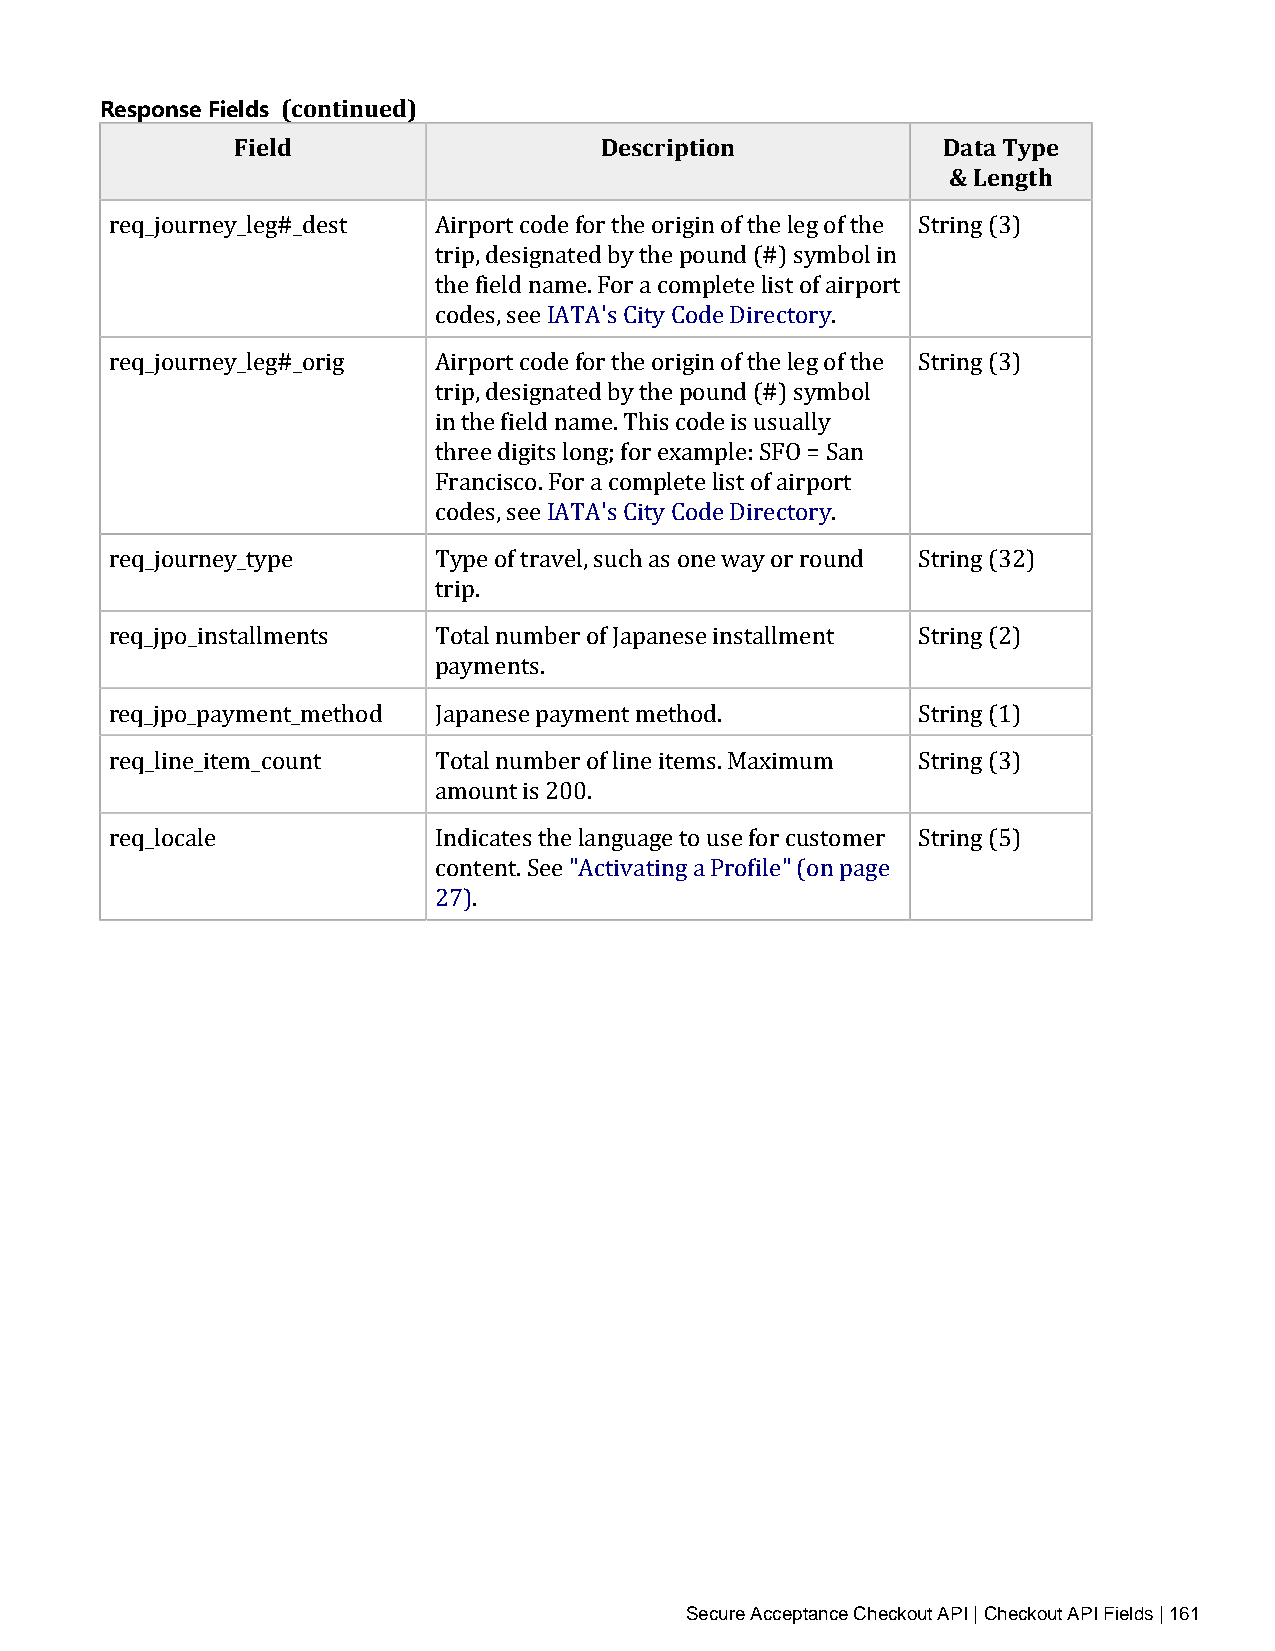
Response Fields (continued)
 Field                   Description           Data Type
 & Length
 req_journey_leg#_dest Airport code for the origin of the leg of the String (3)
 trip, designated by the pound (#) symbol in
 the field name. For a complete list of airport
 codes, see IATA's City Code Directory.
 req_journey_leg#_orig Airport code for the origin of the leg of the String (3)
 trip, designated by the pound (#) symbol
 in the field name. This code is usually
 three digits long; for example: SFO = San
 Francisco. For a complete list of airport
 codes, see IATA's City Code Directory.
 req_journey_type      Type of travel, such as one way or round String (32)
 trip.
 req_jpo_installments  Total number of Japanese installment String (2)
 payments.
 req_jpo_payment_method Japanese payment method.       String (1)
 req_line_item_count   Total number of line items. Maximum String (3)
 amount is 200.
 req_locale            Indicates the language to use for customer String (5)
 content. See "Activating a Profile" (on page
 27).
 Secure Acceptance Checkout API | Checkout API Fields | 161